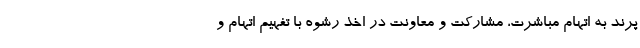
پرند به اتهام مباشرت، مشارکت و معاونت در اخذ رشوه با تفهیم اتهام و